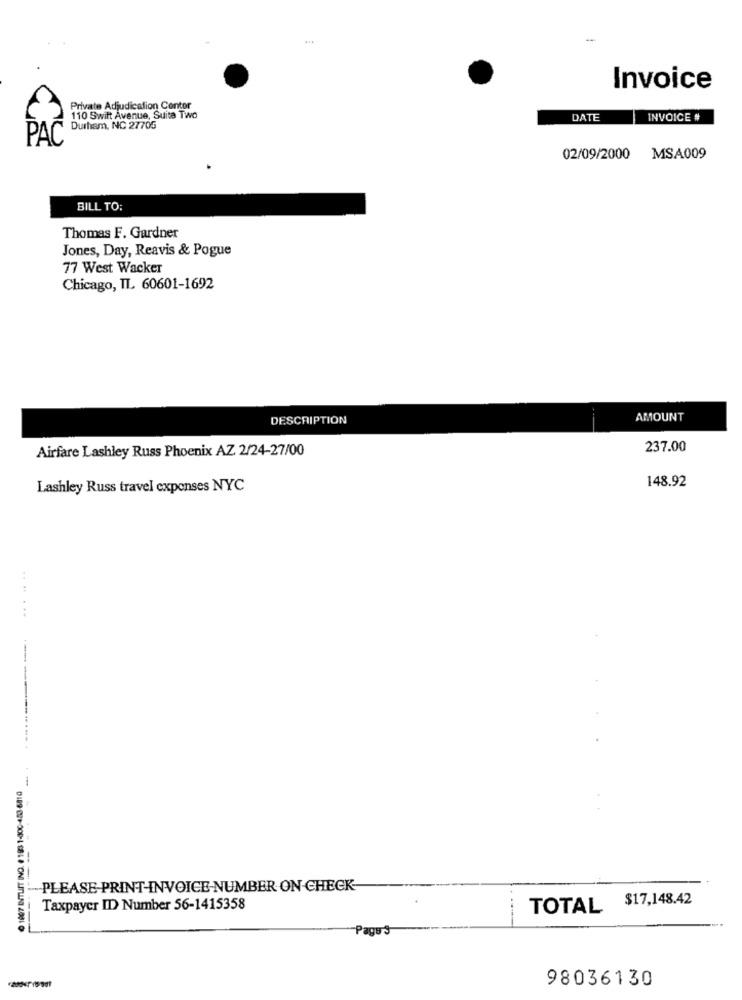
Invoice
Private Adjudication Contor
110 Swift Avenue, Suite Two
DATE
INVOICE #
Durham, NC 27705
PAC
02/09/2000
MSA009
BILL TO:
Thomas F. Gardner
Jones, Day, Reavis & Pogue
77 West Wacker
Chicago, IL 60601-1692
DESCRIPTION
AMOUNT
Airfare Lashley Russ Phoenix AZ 2/24-27/00
237.00
148.92
Lashley Russ travel expenses NYC
... ...
----
-PLEASE-PRINT-INVOICE-NUMBER ON -CHECK-
---
$17,148.42
Taxpayer ID Number 56-1415358
TOTAL
Page'S
98036130